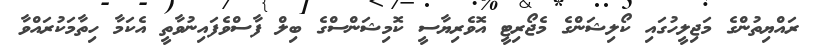
ރައްޔިތުންގެ މަޖިލީހުގައި ކޯލިޝަންގެ މެޖޯރިޓީ އޮވެރިޔާސީ ކޮމިޝަންސްގެ ބިލް ފާސްވެފައިނުވާތީ އެކަމާ ހިތާމަކުރައްވާ